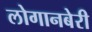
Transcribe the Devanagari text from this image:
लोगानबेरी